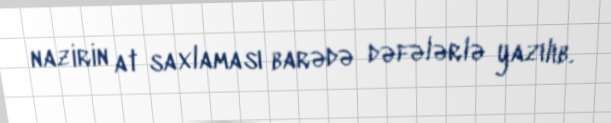
nazirin at saxlaması barədə dəfələrlə yazılıb.